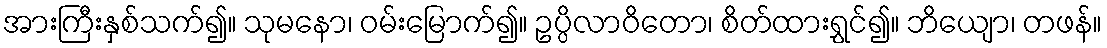
အားကြီးနှစ်သက်၍။ သုမနော၊ ဝမ်းမြောက်၍။ ဥပ္ပိလာဝိတော၊ စိတ်ထားရွှင်၍။ ဘိယျော၊ တဖန်။